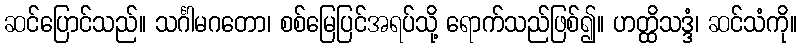
ဆင်ပြောင်သည်။ သင်္ဂါမဂတော၊ စစ်မြေပြင်အရပ်သို့ ရောက်သည်ဖြစ်၍။ ဟတ္ထိသဒ္ဒံ၊ ဆင်သံကို။